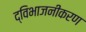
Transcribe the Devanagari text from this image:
द्विभाजनीकरण